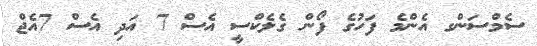
ސެމްސަންގ އެންމެ ފަހުގެ ފޯން ގެލެކްސީ އެެސް 7 އަދި އެސް 7އެޖް